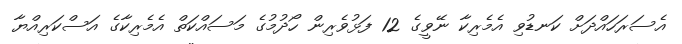
އެސަރަހައްދަށް ކަނޑުވި އެމެރިކާ ނޭވީގެ 12 ފަޅުވެރިން ހޯދުމުގެ މަސައްކަތް އެމެރިކާގެ އަސްކަރިއްޔާ